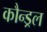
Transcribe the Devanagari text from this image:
कौन्ड्रल